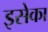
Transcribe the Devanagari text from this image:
इसेका